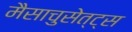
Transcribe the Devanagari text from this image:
मैसाचुसेत्ट्स